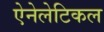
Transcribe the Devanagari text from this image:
ऐनेलेटिकल